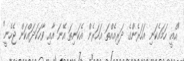
"އެއީ ހަމައެކަނި އަހަރެންގެ ދަރިއެއްތަ އަހަރެން އެކަނިތަ އޭނަ އާއި ވާހަކަދައްކަން ޖެހެނީ"